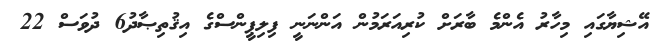
އޭޝިޔާގައި މިހާރު އެންމެ ބާރަށް ކުރިއަރަމުން އަންނަނީ ފިލިޕީންސްގެ އިޤުތިޞާދު6 ދުވަސް 22